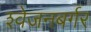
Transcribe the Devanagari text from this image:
श्‍वेजनबर्गर